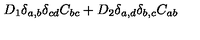
D _ { 1 } \delta _ { a , b } \delta _ { c d } C _ { b c } + D _ { 2 } \delta _ { a , d } \delta _ { b , c } C _ { a b }